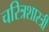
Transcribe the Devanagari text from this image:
चरित्रशास्त्री